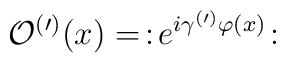
\mathcal{O}^{(\prime)}(x)=\,:\!e^{i\gamma^{(\prime)}\varphi(x)}\!: